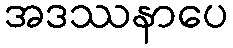
အဒဿနာပေ